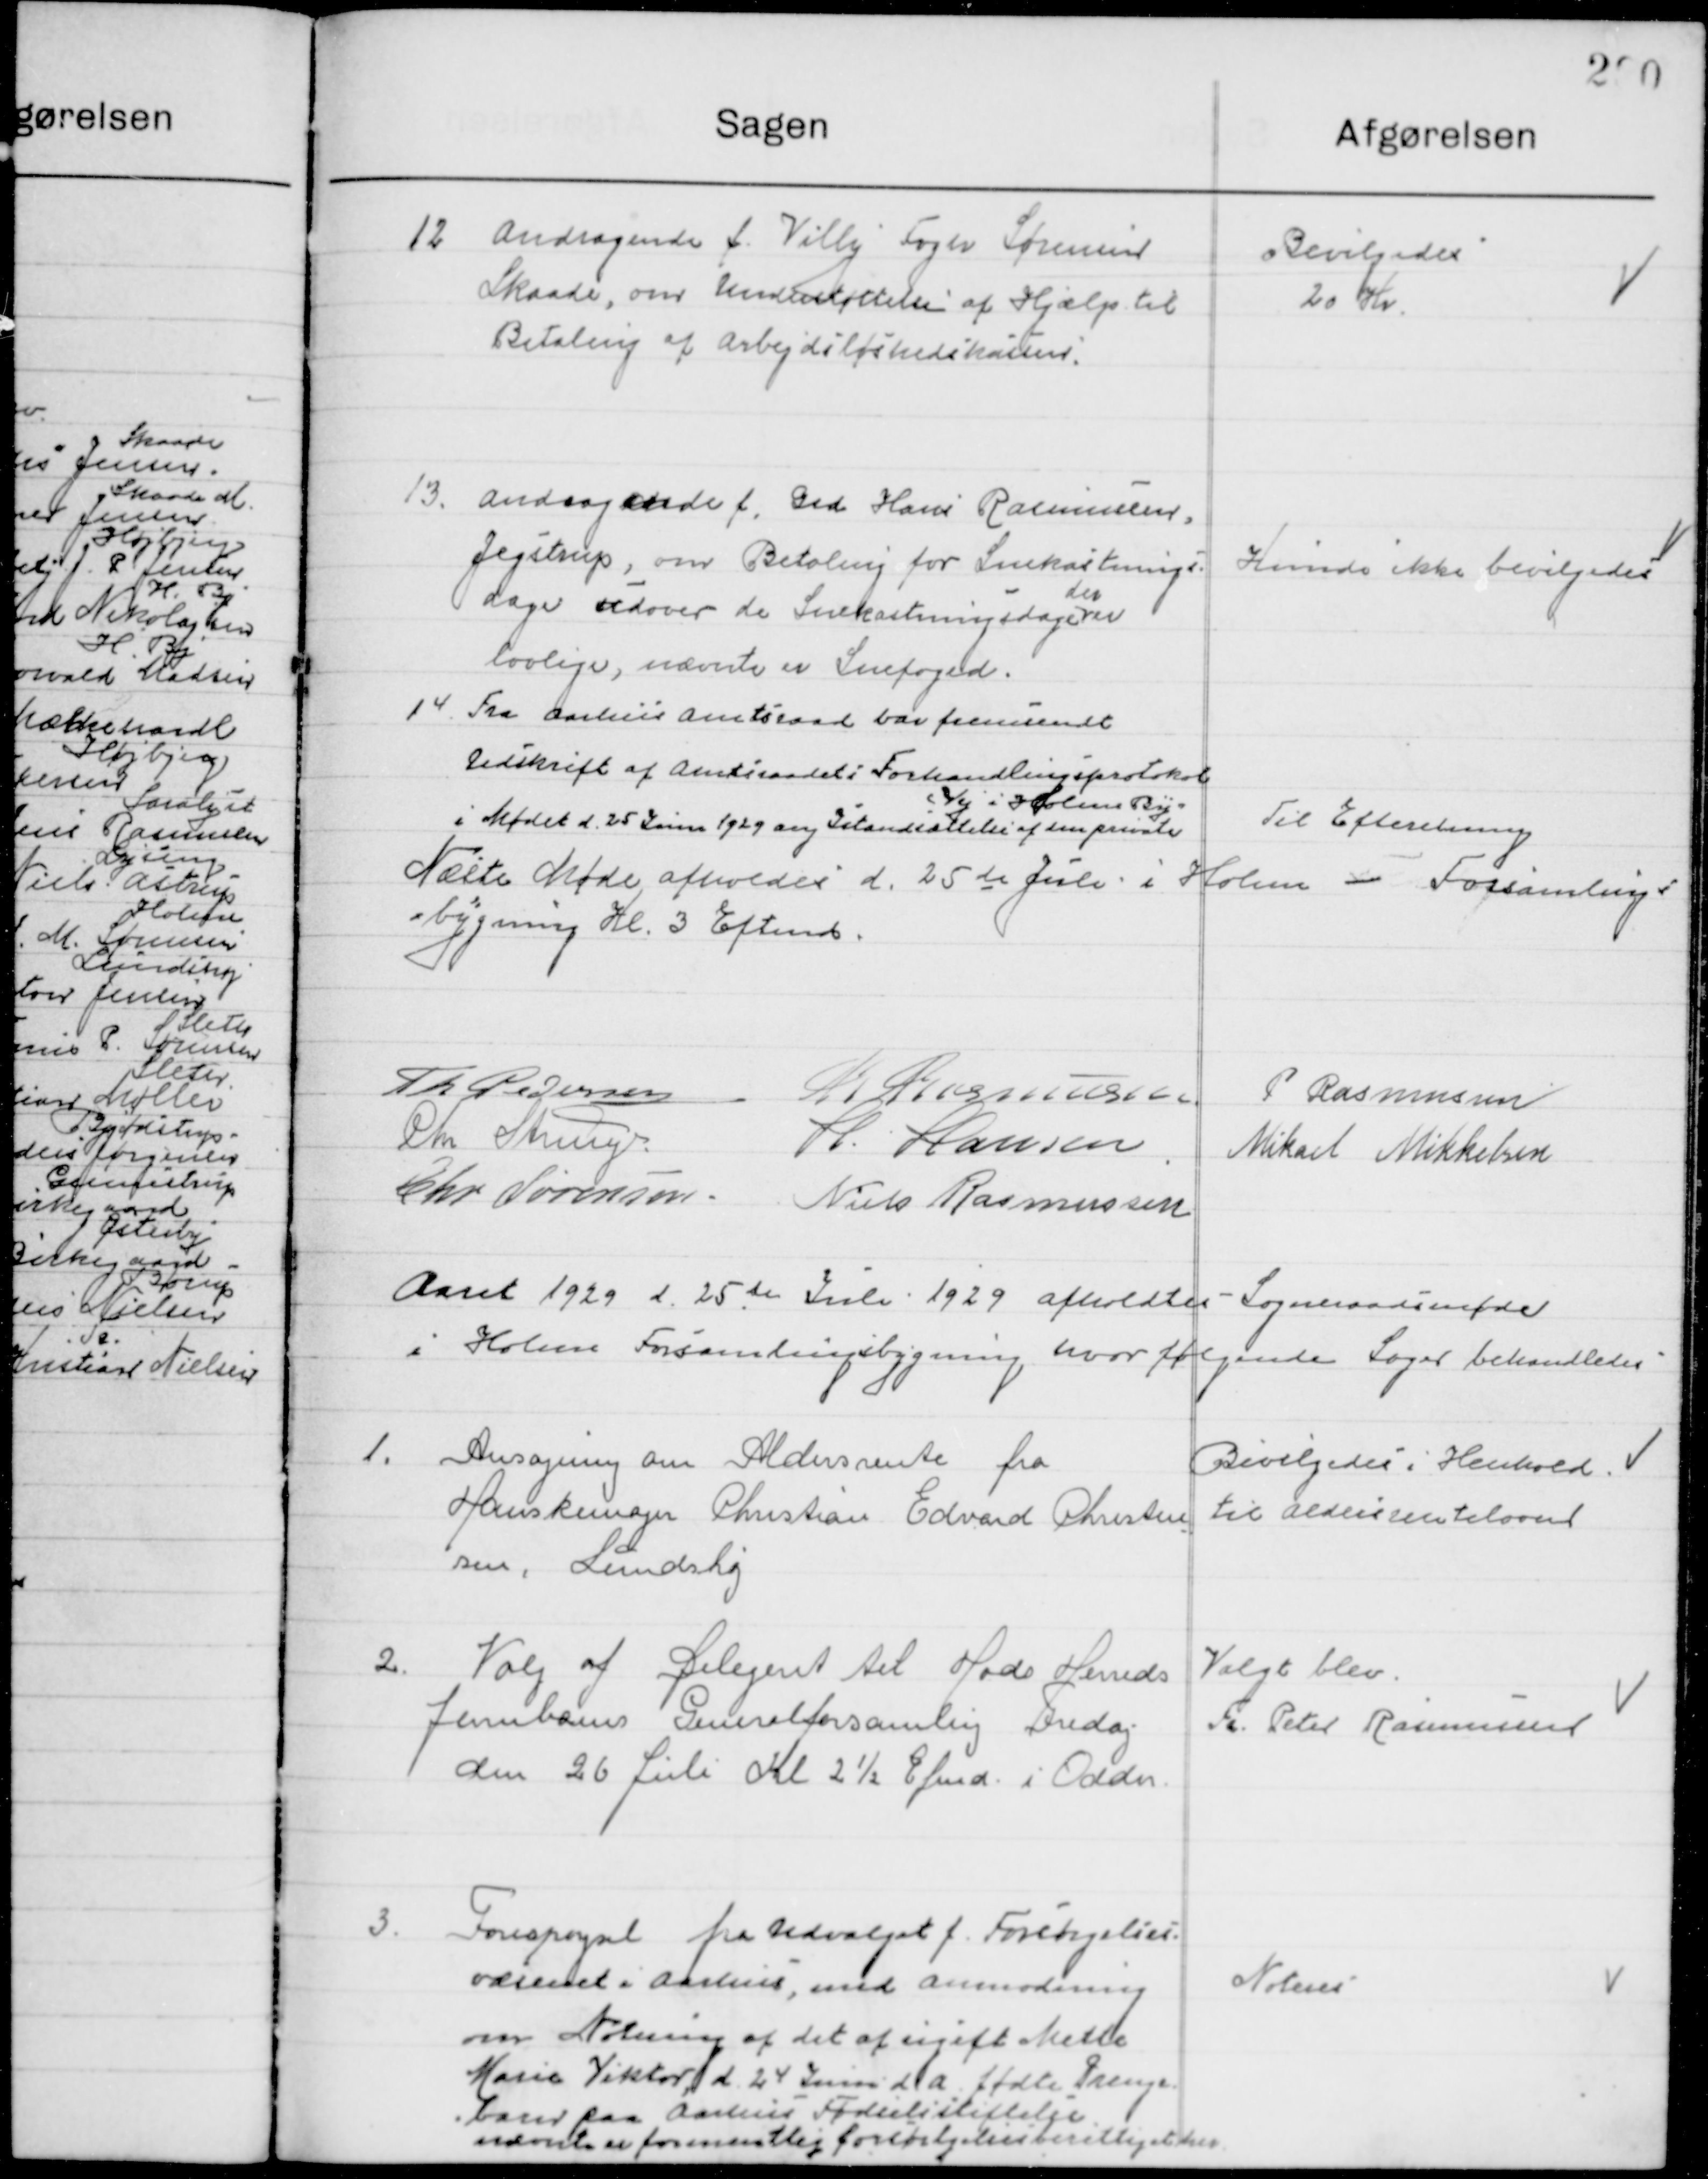
Transskription:
12

Andragende f. Villy Fogh Sorensen
Skaade, om Understttelse af Hjælp til
Betaling af Arbejdsløshedskassen.

Bevilgedes
20 Kr.

13.

andragende f. Grd Hans Rasmussen
Jejstrup, om Betaling for Snekastnings-
1 dage udover de Snekastningssagern
lovlige, uævnte er Snefoged.

Kunds ikke bevilgedes

14.

Fra Aarhus Amtsraad bår fremiendt
hedskrift af Amtsraadet i Forhandlingsprotokob
i Mødet d. 25 Jn 1929 ang Islandsættelse af enprivate
ej i Holme By-

Til Efteretning

Næsle Møde afholdes d. 25de Juli i Holme i Forsamling
=bygning Kl 3 Efterrt.

P Pedersen
A Ragnleseen
Rasmussen
Chr Stungr
H. Hansen
Mikael Mikkelsen
Chr Sørensen
Niels Rasmussen

Aaret 1929 d. 25te Julv 1929 afholdtes Sogneraadsmøde
i Holme Forsamlingsbygning hvor følgende Sager behandledes:

1.

Ansøgning om Aldersrente fra
Hanskemager Christian Edvard Christen
sen, dundshøj

Bevilgedes i Henhold.
til aldesrenteloven

2.

Valg af Selegent til Hads Hereds
Jennbanes ennolforsamlig fredag
den 26 Juli Kl 2½ Efemd. i Odder.

Valgt blev
F. Peter Rasmussen

3.

Forespørgsel fra Udvalget f. Forskjelses.
værenet i Aarhus, med anmodning
om Notning af det af ugift Mette
Marie Viktør) d 24 Juni d a. fødte Prenge-
Earnd paa Aarhus Fødselististelse
nævnte er formendlig foreørlgelsesberettigethes

Nolens